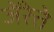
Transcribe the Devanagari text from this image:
जेंरेत्ते